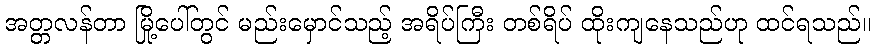
အတ္တလန်တာ မြို့ပေါ်တွင် မည်းမှောင်သည့် အရိပ်ကြီး တစ်ရိပ် ထိုးကျနေသည်ဟု ထင်ရသည်။